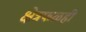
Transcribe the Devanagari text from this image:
क्षेत्रफळही